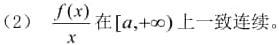
(2) $\frac{f(x)}{x}$ 在 $[a,+\infty)$ 上一致连续。